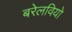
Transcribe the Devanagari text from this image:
बरेलवियो